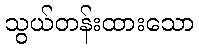
သွယ်တန်းထားသော